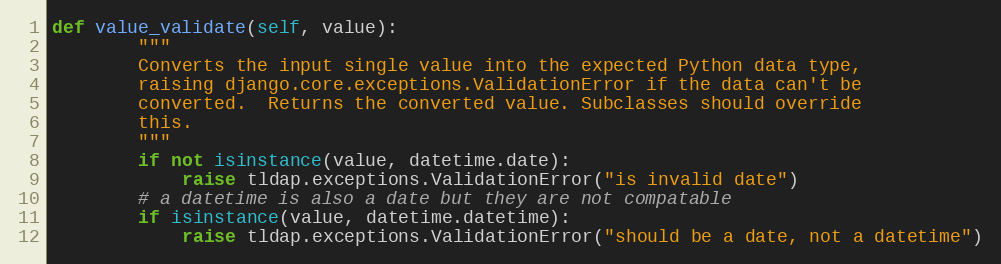
Language: Python
def value_validate(self, value):
        """
        Converts the input single value into the expected Python data type,
        raising django.core.exceptions.ValidationError if the data can't be
        converted.  Returns the converted value. Subclasses should override
        this.
        """
        if not isinstance(value, datetime.date):
            raise tldap.exceptions.ValidationError("is invalid date")
        # a datetime is also a date but they are not compatable
        if isinstance(value, datetime.datetime):
            raise tldap.exceptions.ValidationError("should be a date, not a datetime")